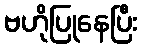
ဗဟိုပြုနေပြီး